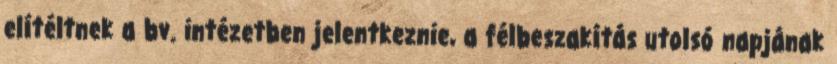
elítéltnek a bv. intézetben jelentkeznie, a félbeszakítás utolsó napjának